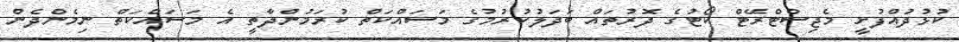
ކުޅުދުއްފުށީ މެޖިސްޓްރޭޓް ކޯޓުގެ ދޮރުތައް ބަދަލުކުރުމުގެ މަސައްކަތް ކުރަމުންދާތީ އެ މަސައްކަތް ނިމެންދެން